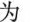
为